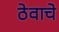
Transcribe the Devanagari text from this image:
ठेवाचे